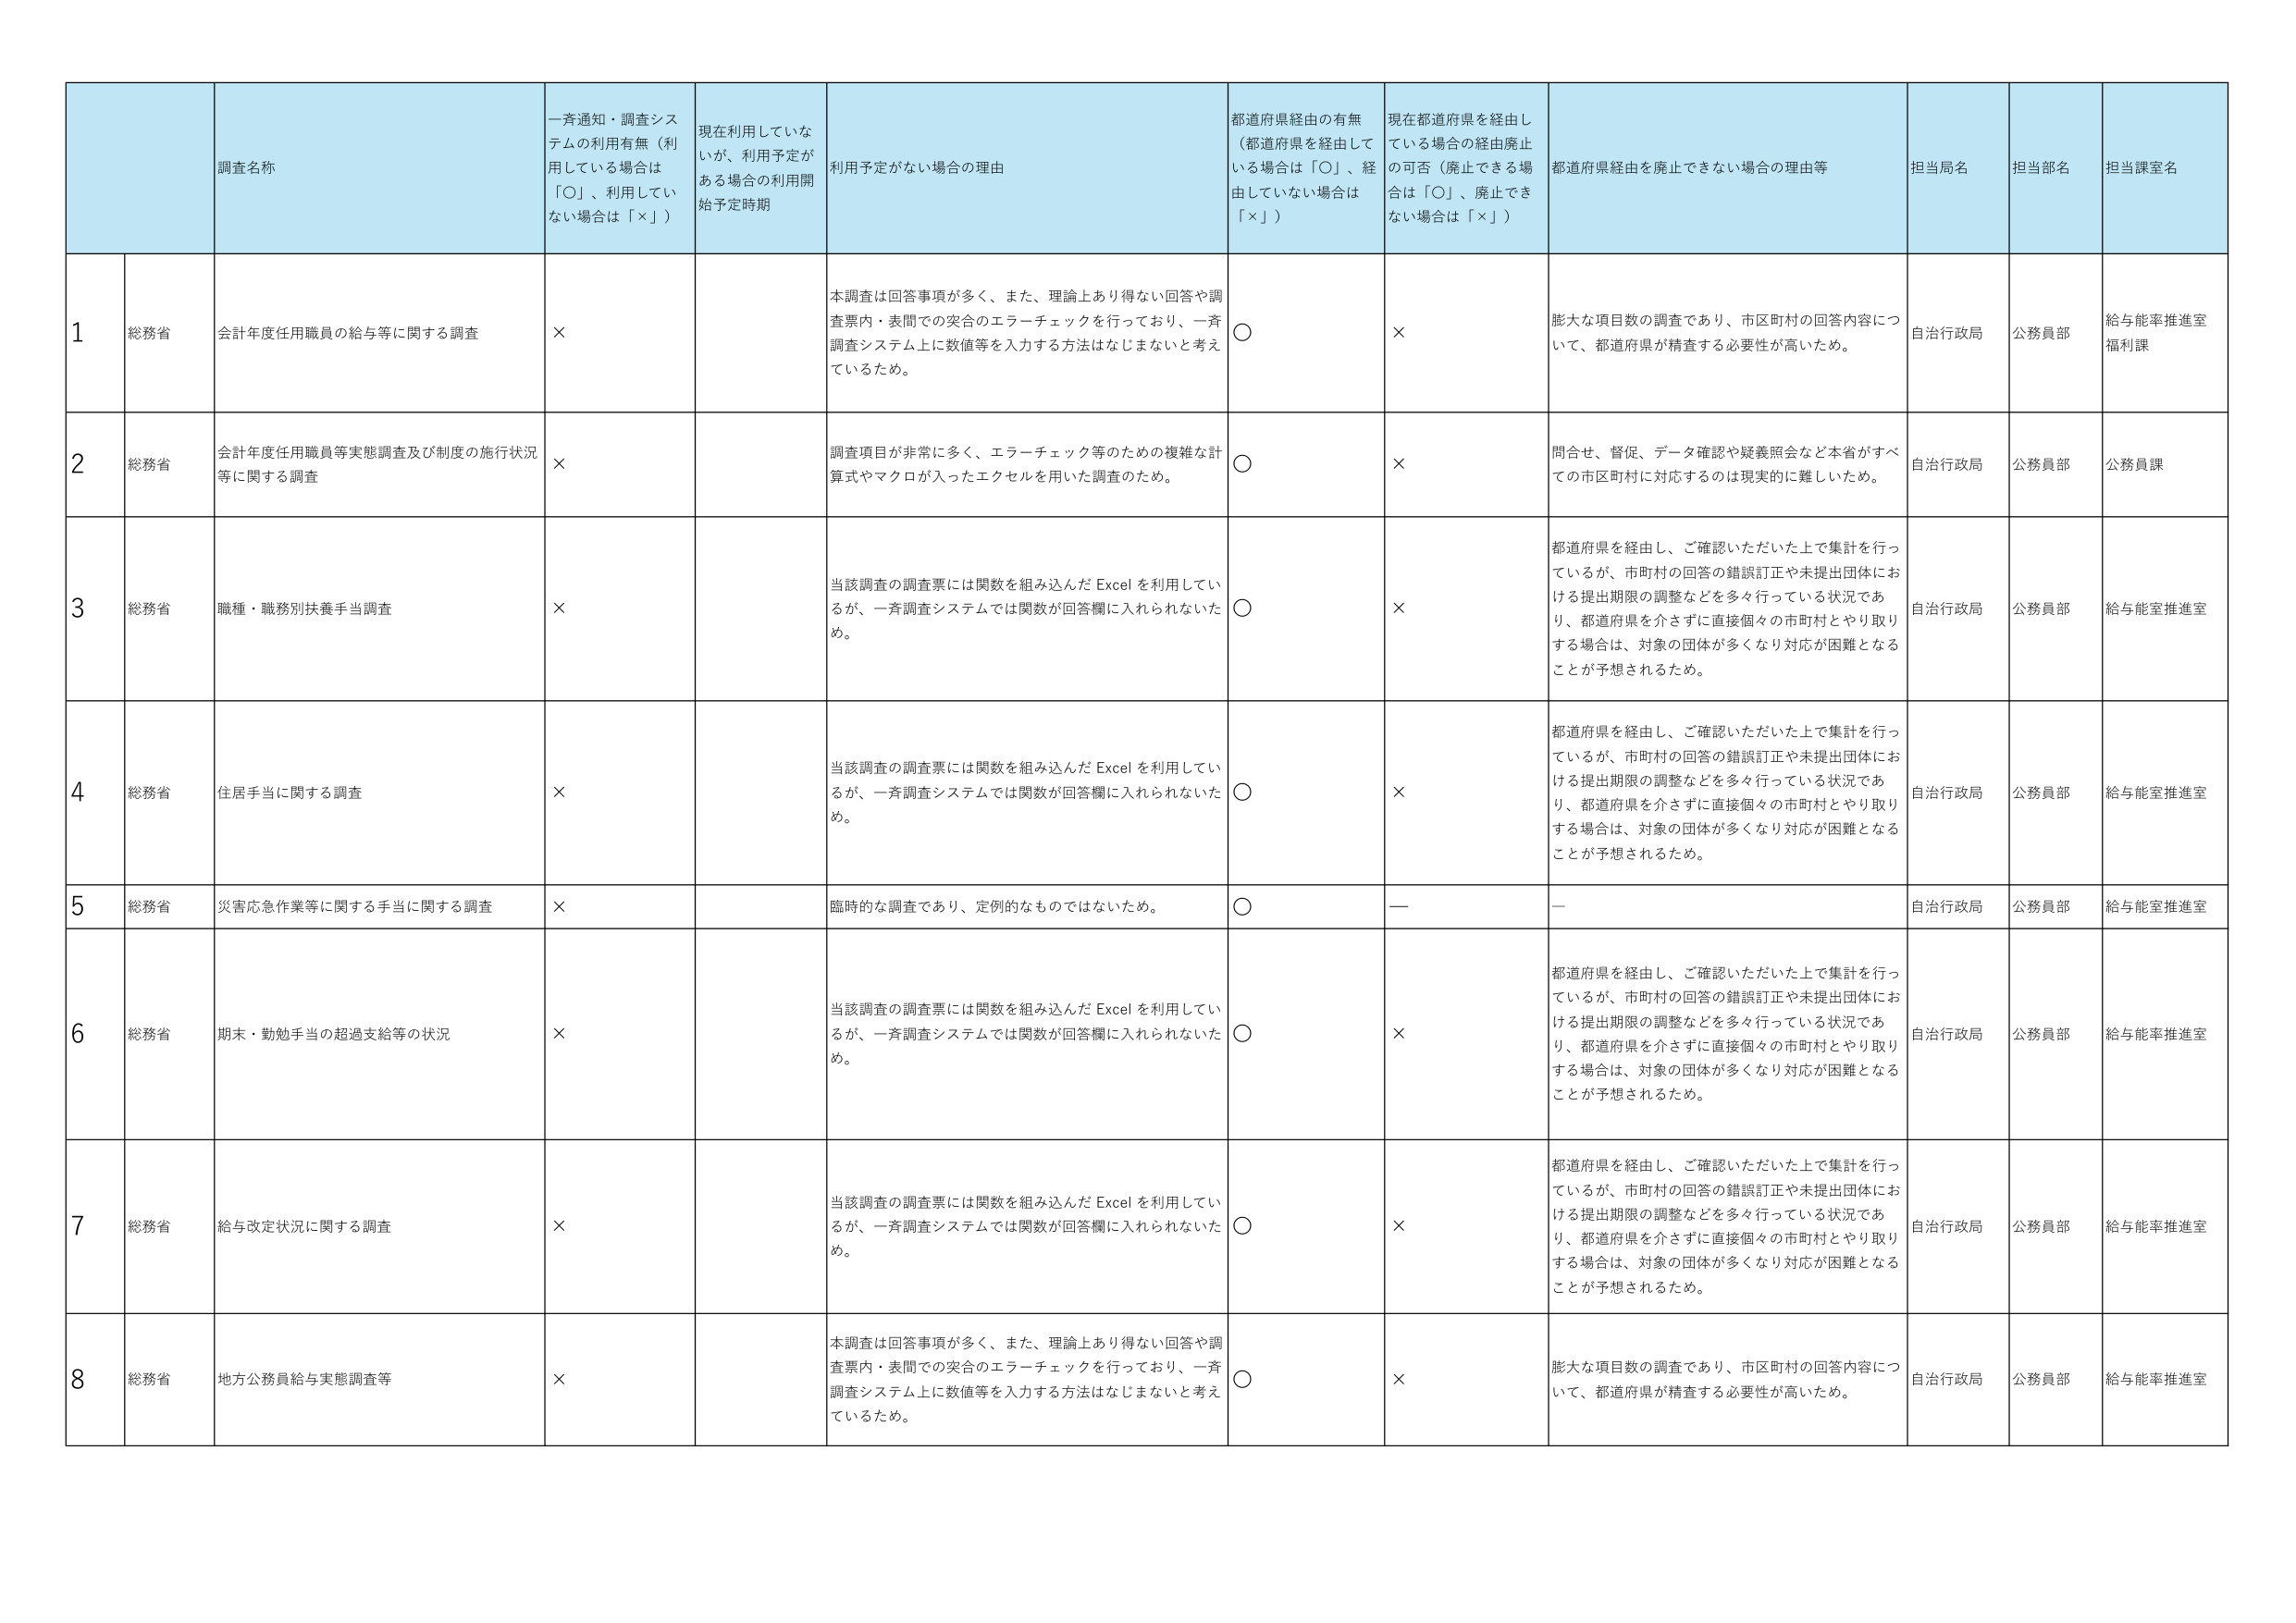
1 総務省 会計年度任用職員の給与等に関する調査 × 本調査は回答事項が多く、また、理論上あり得ない回答や調査票内・表問での突合のエラーチェックを行っており、一斉調査システム上に数値等を入力する方法はなじまないと考えているため。 ○ × 膨大な項目数の調査であり、市区町村の回答内容について、都道府県が精査する必要性が高いため。 自治行政局 公務員部 給与能率推進室 福利課
2 総務省 会計年度任用職員等実態調査及び制度の施行状況等に関する調査 × 調査項目が非常に多く、エラーチェック等のための複雑な計算式やマクロが入ったエクセルを用いた調査のため。 ○ × 問合せ、督促、データ確認や疑義照会など本省がすべての市区町村に対応するのは現実的に難しいため。 自治行政局 公務員部 公務員課
3 総務省 職種・職務別扶養手当調査 × 当該調査の調査票には関数を組み込んだ Excel を利用しているが、一斉調査システムでは関数が回答欄に入れられないため。 ○ × 都道府県を経由し、ご確認いただいた上で集計を行っているが、市町村の回答の錯誤訂正や未提出団体における提出期限の調整などを多々行っている状況であり、都道府県を介さずに直接個々の市町村とやり取りする場合は、対象の団体が多くなり対応が困難となることが予想されるため。 自治行政局 公務員部 給与能率推進室
4 総務省 住居手当に関する調査 × 当該調査の調査票には関数を組み込んだ Excel を利用しているが、一斉調査システムでは関数が回答欄に入れられないため。 ○ × 都道府県を経由し、ご確認いただいた上で集計を行っているが、市町村の回答の錯誤訂正や未提出団体における提出期限の調整などを多々行っている状況であり、都道府県を介さずに直接個々の市町村とやり取りする場合は、対象の団体が多くなり対応が困難となることが予想されるため。 自治行政局 公務員部 給与能率推進室
5 総務省 災害応急作業等に関する手当に関する調査 × 臨時的な調査であり、定例的なものではないため。 ○ — — 自治行政局 公務員部 給与能率推進室
6 総務省 期末・勤勉手当の超過支給等の状況 × 当該調査の調査票には関数を組み込んだ Excel を利用しているが、一斉調査システムでは関数が回答欄に入れられないため。 ○ × 都道府県を経由し、ご確認いただいた上で集計を行っているが、市町村の回答の錯誤訂正や未提出団体における提出期限の調整などを多々行っている状況であり、都道府県を介さずに直接個々の市町村とやり取りする場合は、対象の団体が多くなり対応が困難となることが予想されるため。 自治行政局 公務員部 給与能率推進室
7 総務省 給与改定状況に関する調査 × 当該調査の調査票には関数を組み込んだ Excel を利用しているが、一斉調査システムでは関数が回答欄に入れられないため。 ○ × 都道府県を経由し、ご確認いただいた上で集計を行っているが、市町村の回答の錯誤訂正や未提出団体における提出期限の調整などを多々行っている状況であり、都道府県を介さずに直接個々の市町村とやり取りする場合は、対象の団体が多くなり対応が困難となることが予想されるため。 自治行政局 公務員部 給与能率推進室
8 総務省 地方公務員給与実態調査等 × 本調査は回答事項が多く、また、理論上あり得ない回答や調査票内・表問での突合のエラーチェックを行っており、一斉調査システム上に数値等を入力する方法はなじまないと考えているため。 ○ × 膨大な項目数の調査であり、市区町村の回答内容について、都道府県が精査する必要性が高いため。 自治行政局 公務員部 給与能率推進室
調査名称 一斉通知・調査システムの利用有無（利用している場合は「○」、利用していない場合は「×」） 現在利用していないが、利用予定がある場合の利用開始予定時期 利用予定がない場合の理由 都道府県経由の有無（都道府県を経由している場合は「○」、経由していない場合は「×」） 現在都道府県を経由している場合の経由廃止の可否（廃止できる場合は「○」、廃止できない場合は「×」） 都道府県経由を廃止できない場合の理由等 担当局名 担当部名 担当課室名